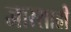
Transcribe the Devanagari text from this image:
जारसाही